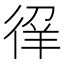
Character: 𰐳